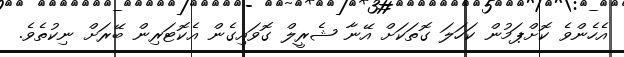
އެހެންވެ ކޮށްޕަމުން ކަހަލަ ގޮތަކަށް އޭނާ ޝެރީލް ގޮވައިގެން އެކޮޓަރިން ބޭރަށް ނިކުތެވެ.